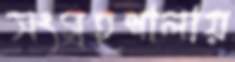
সংগ্রহশালায়